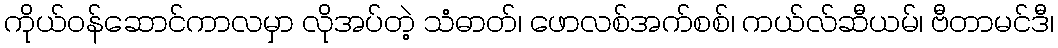
ကိုယ်ဝန်ဆောင်ကာလမှာ လိုအပ်တဲ့ သံဓာတ်၊ ဖောလစ်အက်စစ်၊ ကယ်လ်ဆီယမ်၊ ဗီတာမင်ဒီ၊